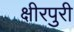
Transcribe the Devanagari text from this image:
क्षीरपुरी